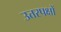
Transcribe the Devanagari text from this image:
उत्तरपक्षों